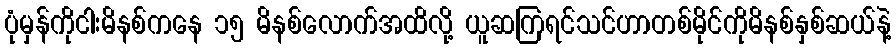
ပုံမှန်ကိုငါးမိနစ်ကနေ ၁၅ မိနစ်လောက်အထိလို့ ယူဆကြရင်သင်ဟာတစ်မိုင်ကိုမိနစ်နှစ်ဆယ်နဲ့